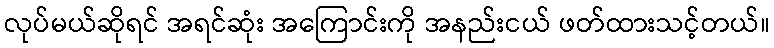
လုပ်မယ်ဆိုရင် အရင်ဆုံး အကြောင်းကို အနည်းငယ် ဖတ်ထားသင့်တယ်။